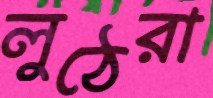
লুঠেরা